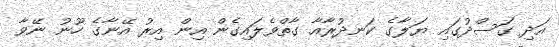
އަދި ގަސްދުގައި ޔަލާގެ ކަނދުރާއާ ގާތްވެލައިގެން އިން އިރު އޭނާގެ ހޫނު ނޭވާ